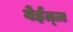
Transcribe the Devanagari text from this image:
वेईत्ज़